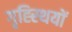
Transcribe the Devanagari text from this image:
गृह्स्थियों